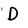
Character: D